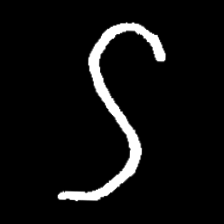
Pyu character \u2014 Myanmar letter: ဌ (romanized: ttha)